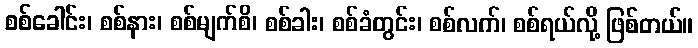
စစ်ခေါင်း၊ စစ်နား၊ စစ်မျက်စိ၊ စစ်ခါး၊ စစ်ခံတွင်း၊ စစ်လက်၊ စစ်ရယ်လို့ ဖြစ်တယ်။